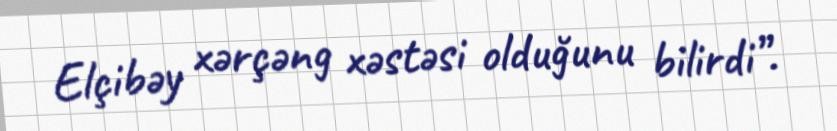
Elçibəy xərçəng xəstəsi olduğunu bilirdi”.